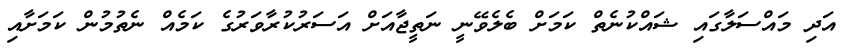
އަދި މައްސަލާގައި ޝައްކުނެތް ކަމަށް ބެލެވޭނީ ނަތީޖާއަށް އަސަރުކުރާވަރުގެ ކަމެއް ނެތުމުން ކަމަށާއި